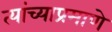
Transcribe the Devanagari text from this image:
त्यांच्याप्रमाणे